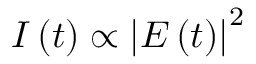
I \left( t \right) \propto \left| E \left( t \right) \right| ^ { 2 }